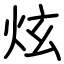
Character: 炫